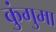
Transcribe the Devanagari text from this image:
कुंगुमा